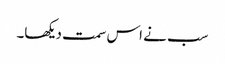
سب نے اس سمت دیکھا۔